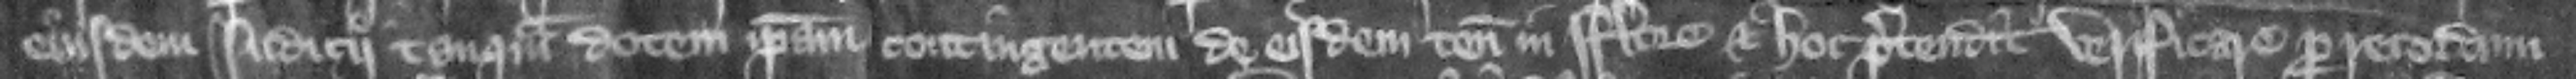
eiusdem iudicii tanquam dotem ipsam contingentem de eisdem tenementis in Flore. Et ho pretendit verificare per recordum